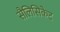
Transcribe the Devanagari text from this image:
सैलिसिकेट